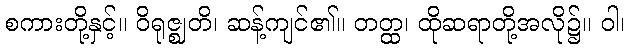
စကားတို့နှင့်။ ဝိရုဇ္ဈတိ၊ ဆန့်ကျင်၏။ တတ္ထ၊ ထိုဆရာတို့အလို၌။ ဝါ၊